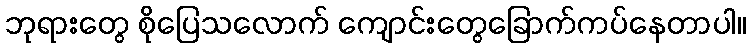
ဘုရားတွေ စိုပြေသလောက် ကျောင်းတွေခြောက်ကပ်နေတာပါ။